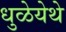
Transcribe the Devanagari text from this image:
धुळेयेथे